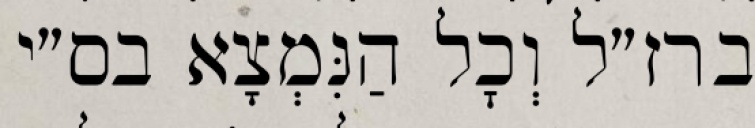
ברז״ל וְכׇל הַנִּמְצָא בס״י